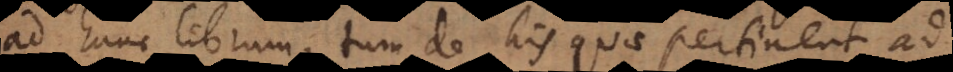
ad hunc librum, tum de his quae pertinent ad